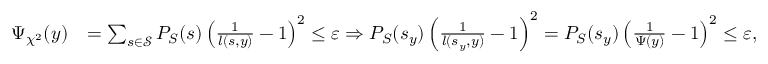
\begin{array} { r l } { \Psi _ { \chi ^ { 2 } } ( y ) } & { = \sum _ { s \in \mathcal { S } } P _ { S } ( s ) \left( \frac { 1 } { l ( s , y ) } - 1 \right) ^ { 2 } \leq { \varepsilon } \Rightarrow P _ { S } ( s _ { y } ) \left( \frac { 1 } { l ( s _ { y } , y ) } - 1 \right) ^ { 2 } = P _ { S } ( s _ { y } ) \left( \frac { 1 } { \Psi ( y ) } - 1 \right) ^ { 2 } \leq { \varepsilon } , } \end{array}